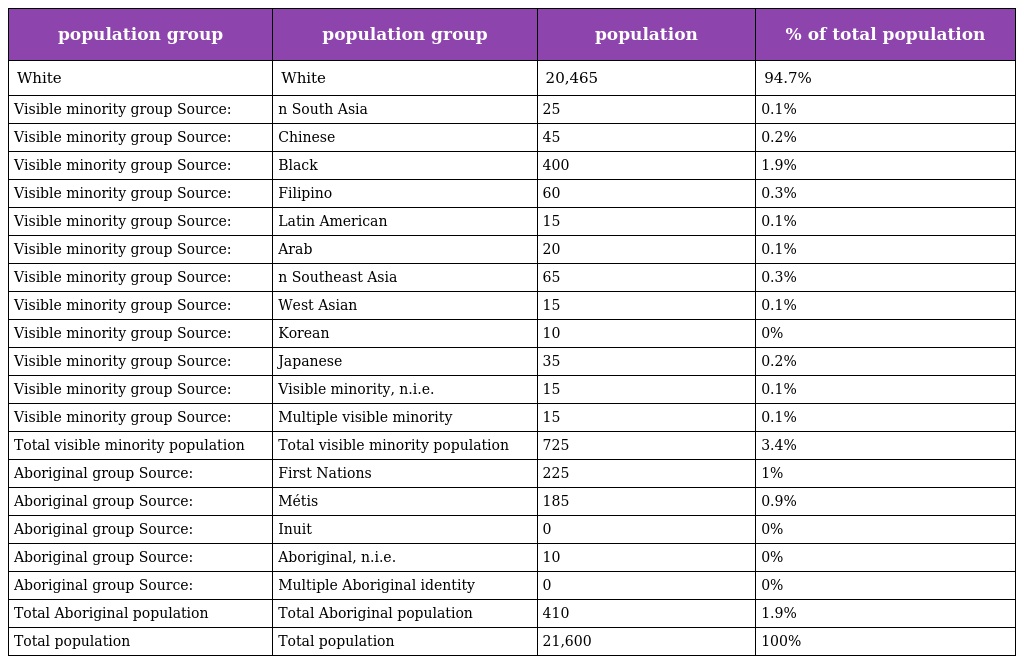
| population group | population group | population | % of total population |
 | --- | --- | --- | --- |
 | White | White | 20,465 | 94.7% |
 | Visible minority group Source: | n South Asia | 25 | 0.1% |
 | Visible minority group Source: | Chinese | 45 | 0.2% |
 | Visible minority group Source: | Black | 400 | 1.9% |
 | Visible minority group Source: | Filipino | 60 | 0.3% |
 | Visible minority group Source: | Latin American | 15 | 0.1% |
 | Visible minority group Source: | Arab | 20 | 0.1% |
 | Visible minority group Source: | n Southeast Asia | 65 | 0.3% |
 | Visible minority group Source: | West Asian | 15 | 0.1% |
 | Visible minority group Source: | Korean | 10 | 0% |
 | Visible minority group Source: | Japanese | 35 | 0.2% |
 | Visible minority group Source: | Visible minority, n.i.e. | 15 | 0.1% |
 | Visible minority group Source: | Multiple visible minority | 15 | 0.1% |
 | Total visible minority population | Total visible minority population | 725 | 3.4% |
 | Aboriginal group Source: | First Nations | 225 | 1% |
 | Aboriginal group Source: | Métis | 185 | 0.9% |
 | Aboriginal group Source: | Inuit | 0 | 0% |
 | Aboriginal group Source: | Aboriginal, n.i.e. | 10 | 0% |
 | Aboriginal group Source: | Multiple Aboriginal identity | 0 | 0% |
 | Total Aboriginal population | Total Aboriginal population | 410 | 1.9% |
 | Total population | Total population | 21,600 | 100% |